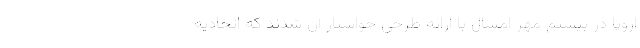
اروپا در بیستم مهر امسال با ارائه طرحی خواستار آن شدند که اتحادیه